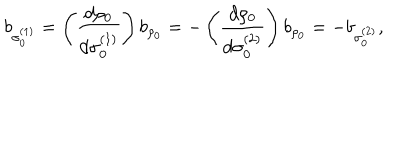
LaTeX: b _ { \sigma _ { 0 } ^ { ( 1 ) } } = \left( { \frac { d \rho _ { 0 } } { d \sigma _ { 0 } ^ { ( 1 ) } } } \right) b _ { \rho _ { 0 } } = - \left( { \frac { d \rho _ { 0 } } { d \sigma _ { 0 } ^ { ( 2 ) } } } \right) b _ { \rho _ { 0 } } = - b _ { \sigma _ { 0 } ^ { ( 2 ) } } ,